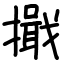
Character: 擑